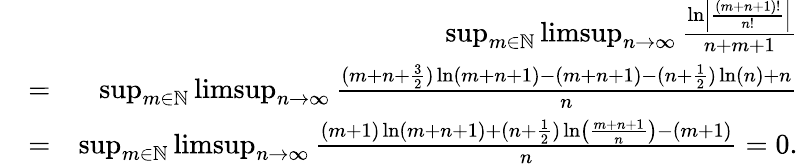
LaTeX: \begin{array}{rlr}&{}&{\operatorname*{sup}_{m\in\mathbb{N}}\operatorname*{limsup}_{n\rightarrow\infty}\frac{\ln\left|\frac{(m+n+1)!}{n!}\right|}{n+m+1}}\\ &{=}&{\operatorname*{sup}_{m\in\mathbb{N}}\operatorname*{limsup}_{n\rightarrow\infty}\frac{(m+n+\frac{3}{2})\ln(m+n+1)-(m+n+1)-(n+\frac{1}{2})\ln(n)+n}{n}}\\ &{=}&{\operatorname*{sup}_{m\in\mathbb{N}}\operatorname*{limsup}_{n\rightarrow\infty}\frac{(m+1)\ln(m+n+1)+(n+\frac{1}{2})\ln\left(\frac{m+n+1}{n}\right)-(m+1)}{n}=0.}\end{array}